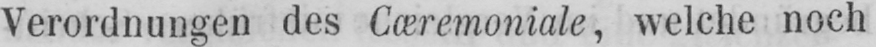
Verordnungen des Cæremoniale, welche noch